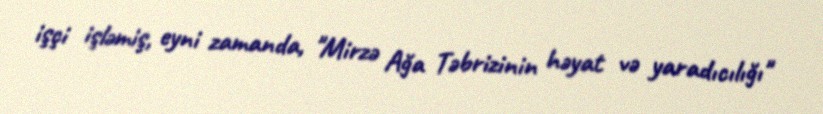
işçi işləmiş, eyni zamanda, "Mirzə Ağa Təbrizinin həyat və yaradıcılığı"